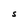
Character: S